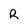
Character: R